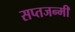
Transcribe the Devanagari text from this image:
सप्तजन्मी